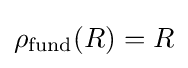
\rho _{\text{fund}}(R)=R